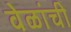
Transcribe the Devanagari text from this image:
वेळांची